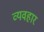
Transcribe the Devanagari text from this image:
व्यवहार